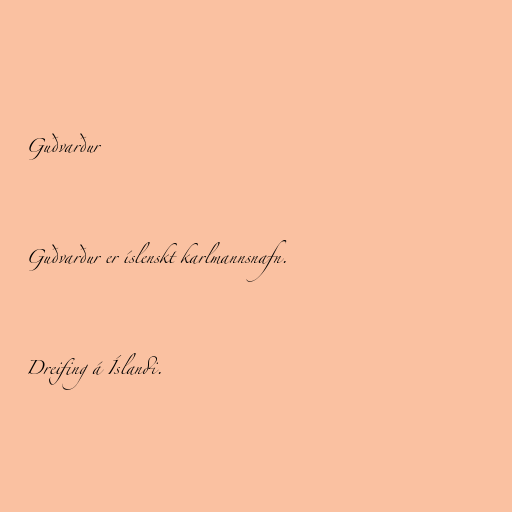
Guðvarður

Guðvarður er íslenskt karlmannsnafn.

Dreifing á Íslandi.